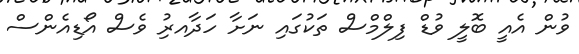
ވުން އެއީ ބޮލީ ވުޑް ފިލްމްސް ތަކުގައި ނަށާ ހަދާއރިު ވެސް އޯޑިއެންސް